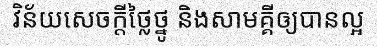
វិន័យសេចក្តីថ្លៃថ្នូ និងសាមគ្គីឲ្យបានល្អ